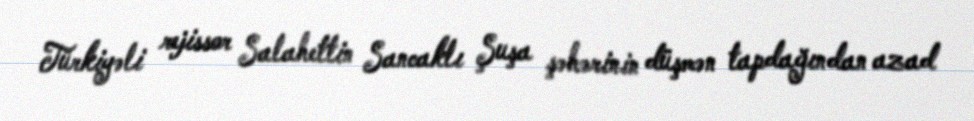
Türkiyəli rejissor Salahettin Sancaklı Şuşa şəhərinin düşmən tapdağından azad